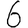
Digit: 6